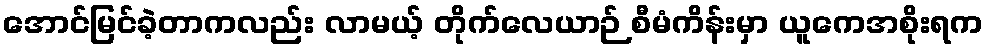
အောင်မြင်ခဲ့တာကလည်း လာမယ့် တိုက်လေယာဉ် စီမံကိန်းမှာ ယူကေအစိုးရက